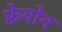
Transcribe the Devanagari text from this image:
फ़्रेयोन